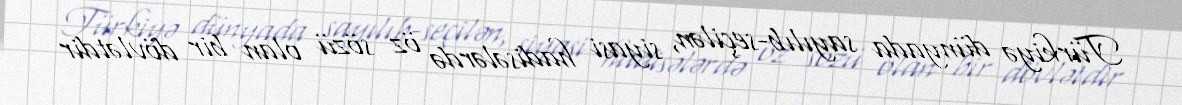
Türkiyə dünyada sayılıb-seçilən, siyasi hadisələrdə öz sözü olan bir dövlətdir